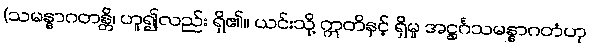
(သမန္နာဂတန္တိ၊ ဟူ၍လည်း ရှိ၏။ ယင်းသို့ ဣတိနှင့် ရှိမူ အဋ္ဌင်္ဂသမန္နာဂတံဟု